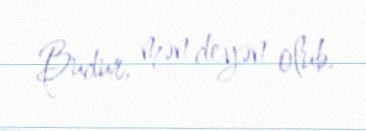
Budur, mən deyən olub.